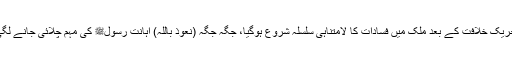
تحریک خلافت کے بعد ملک میں فسادات کا لامتناہی سلسلہ شروع ہوگیا، جگہ جگہ (نعوذ باللہ) اہانت رسولﷺ کی مہم چلائی جانے لگی۔